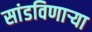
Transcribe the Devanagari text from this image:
सांडविणाऱ्या